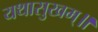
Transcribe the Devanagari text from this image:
यथासुखम्॥